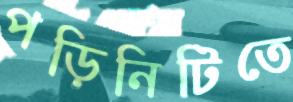
পড়িনিটিতে